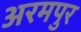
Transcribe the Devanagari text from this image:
अरमपुर